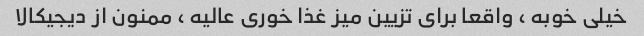
خیلی خوبه ، واقعا برای تزیین میز غذا خوری عالیه ، ممنون از دیجیکالا